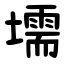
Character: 壖